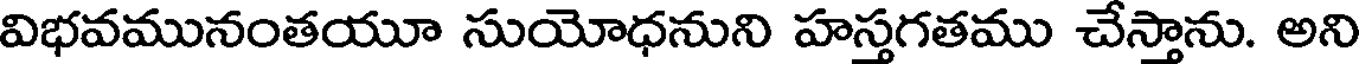
విభవమునంతయూ సుయోధనుని హస్తగతము చేస్తాను. అని